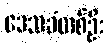
ဒေသခံတစ်ဦး